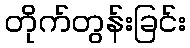
တိုက်တွန်းခြင်း